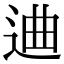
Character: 䢗